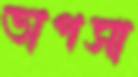
ভাপসা